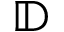
\mathbb { D }